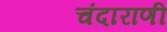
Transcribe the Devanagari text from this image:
चंदाराणी